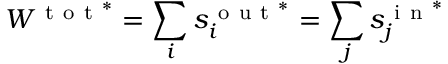
W ^ { \mathrm { ~ t ~ o ~ t ~ } ^ { * } } = \sum _ { i } s _ { i } ^ { \mathrm { ~ o ~ u ~ t ~ } ^ { * } } = \sum _ { j } s _ { j } ^ { \mathrm { ~ i ~ n ~ } ^ { * } }